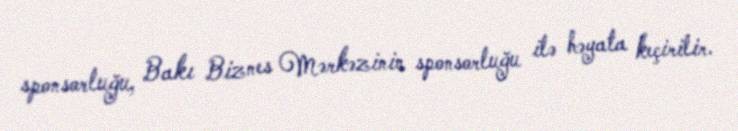
sponsorluğu, Bakı Biznes Mərkəzinin sponsorluğu ilə həyata keçirilir.